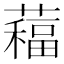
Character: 𦿁